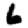
Digit: 6